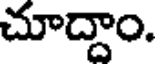
చూద్దాం.